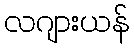
လဂျားယန်